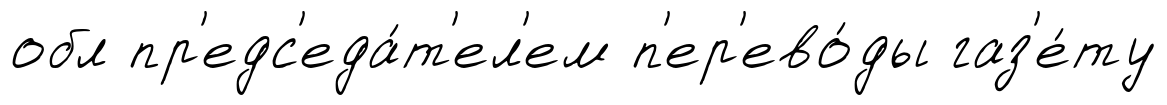
обл пр'едс'еда́т'ел'ем п'ер'ево́ды газ'е́ту